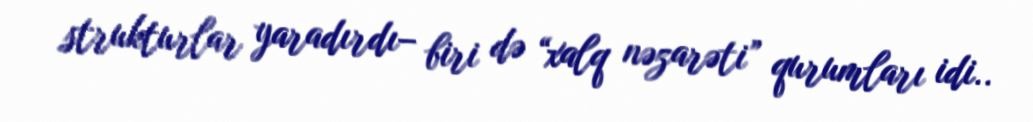
strukturlar yaradırdı– biri də “xalq nəzarəti” qurumları idi..